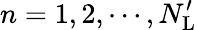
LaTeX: n=1,2,\cdots,N_{\mathrm{L}}^{\prime}